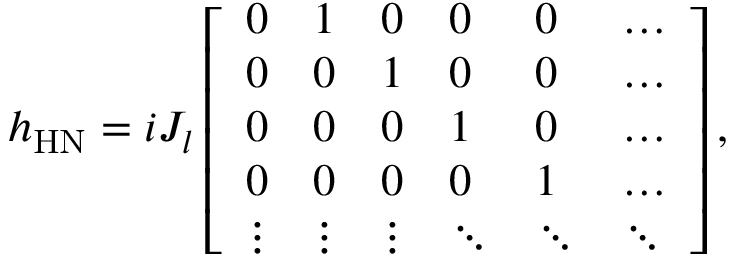
h _ { \mathrm { H N } } = i J _ { l } \left[ \begin{array} { l l l l l l } { 0 } & { 1 } & { 0 } & { 0 } & { 0 } & { \hdots } \\ { 0 } & { 0 } & { 1 } & { 0 } & { 0 } & { \hdots } \\ { 0 } & { 0 } & { 0 } & { 1 } & { 0 } & { \hdots } \\ { 0 } & { 0 } & { 0 } & { 0 } & { 1 } & { \dots } \\ { \vdots } & { \vdots } & { \vdots } & { \ddots } & { \ddots } & { \ddots } \end{array} \right] ,